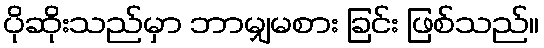
ပိုဆိုးသည်မှာ ဘာမျှမစား ခြင်း ဖြစ်သည်။